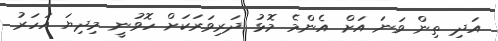
އަދި ތިން ވަނަ އަށް އެންމެ މޮޅު ދަރިވަރަކަށް ހޮވުނީ މިދިޔަ އަހަރު